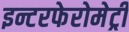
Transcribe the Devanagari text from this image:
इन्टरफेरोमेट्री